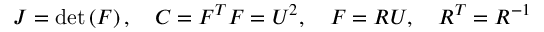
J = \operatorname* { d e t } \left( { \boldsymbol { F } } \right) , \quad { \boldsymbol { C } } = { \boldsymbol { F } } ^ { T } { \boldsymbol { F } } = { \boldsymbol { U } } ^ { 2 } , \quad { \boldsymbol { F } } = { \boldsymbol { R } } { \boldsymbol { U } } , \quad { \boldsymbol { R } } ^ { T } = { \boldsymbol { R } } ^ { - 1 }